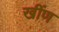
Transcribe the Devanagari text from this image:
खींण